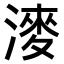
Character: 𣼊